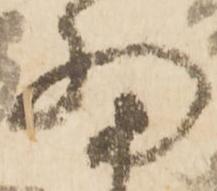
細